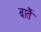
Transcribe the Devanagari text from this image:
बातैं